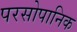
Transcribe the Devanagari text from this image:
परसोपानिक